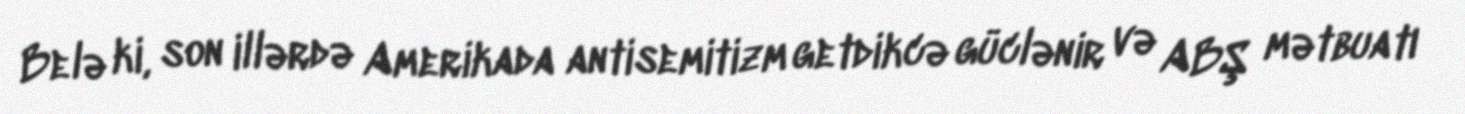
Belə ki, son illərdə Amerikada antisemitizm getdikcə güclənir və ABŞ mətbuatı